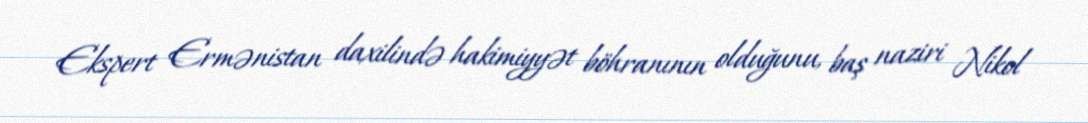
Ekspert Ermənistan daxilində hakimiyyət böhranının olduğunu, baş naziri Nikol